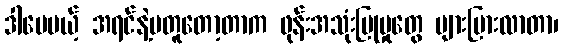
ဒါပေမယ့် အရင်နဲ့မတူတော့တာက ဖုန်းအသုံးပြုမှုတွေ များပြားလာတာ၊